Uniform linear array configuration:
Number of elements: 32
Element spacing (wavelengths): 1
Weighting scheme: exponential
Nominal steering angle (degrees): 0
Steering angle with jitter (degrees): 0.9092
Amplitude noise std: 0.05
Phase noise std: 0.05

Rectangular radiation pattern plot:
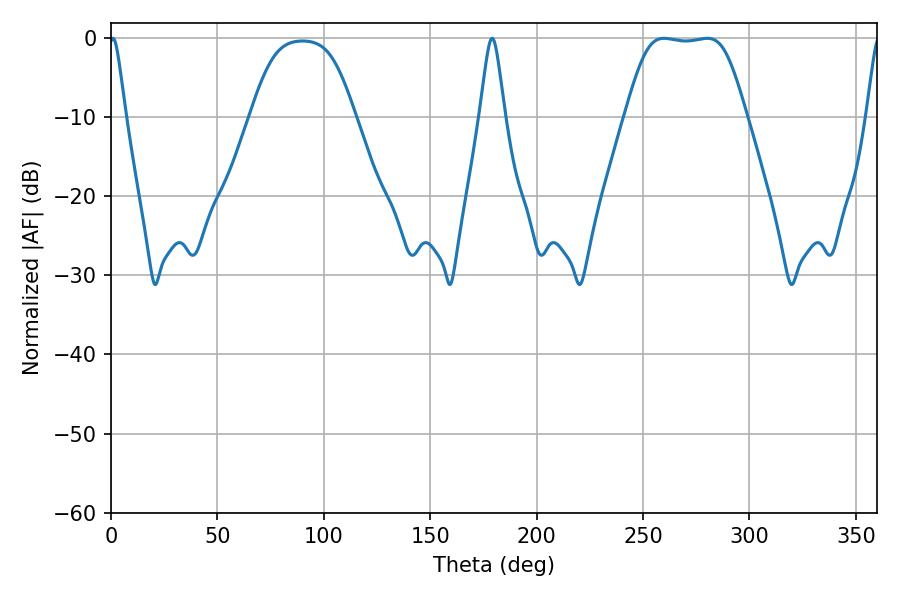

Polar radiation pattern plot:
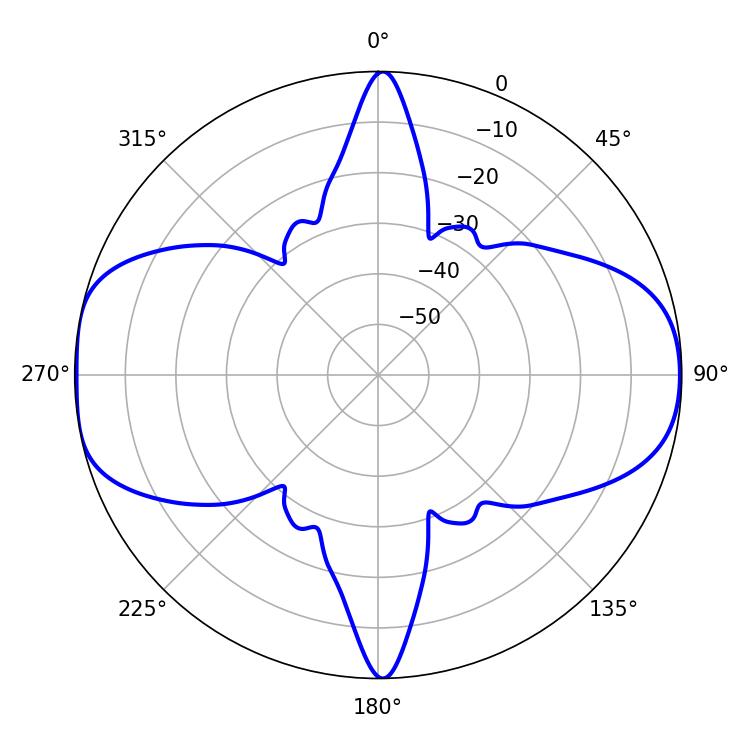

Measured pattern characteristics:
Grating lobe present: TRUE
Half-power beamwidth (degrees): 3.78
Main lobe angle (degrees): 0.9